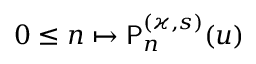
0 \leq n \mapsto \mathsf { P } _ { n } ^ { ( \varkappa , s ) } ( u )